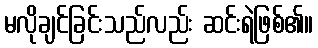
မလိုချင်ခြင်းသည်လည်း ဆင်းရဲဖြစ်၏။